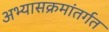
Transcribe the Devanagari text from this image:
अभ्यासक्रमांतर्गत